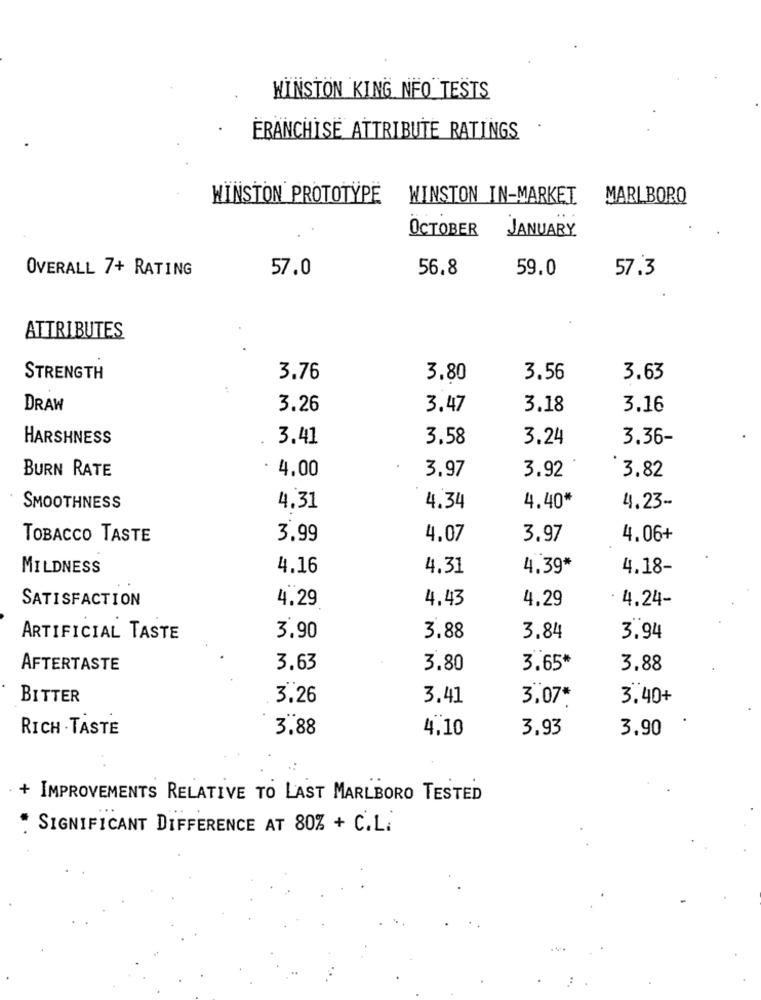
WINSTON KING NFO TESTS
FRANCHISE ATTRIBUTE RATINGS
WINSTON PROTOTYPE
WINSTON IN-MARKET
MARLBORO
OCTOBER
JANUARY
OVERALL 7+ RATING
57.0
56.8
59.0
57.3
ATTRIBUTES
STRENGTH
3.76
3.80
3.56
3.63
DRAW
3.26
3.47
3.18
3.16
HARSHNESS
3.41
3.58
3.24
3.36-
BURN RATE
4,00
3.92
3,82
3.97
SMOOTHNESS
4.31
4.34
4.40*
4,23-
TOBACCO TASTE
3.99
4.07
3.97
4.06+
MILDNESS
4.16
4.31
4.39 **
4.18-
SATISFACTION
4.29
4.43
4.29
4.24-
ARTIFICIAL TASTE
3.90
3.88
3,84
3.94
AFTERTASTE
3.63
3.80
3.65*
3.88
BITTER
3.26
3.41
3.07*
3.40+
RICH TASTE
3.88
4,10
3,93
3.90
+ IMPROVEMENTS RELATIVE TO LAST MARLBORO TESTED
. SIGNIFICANT DIFFERENCE AT 80% + C.L.